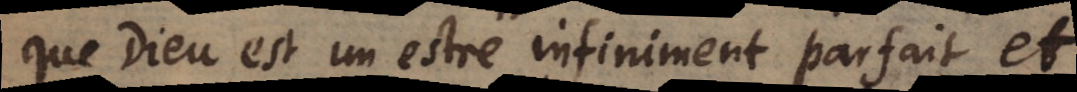
que Dieu est un estre infiniment parfait et